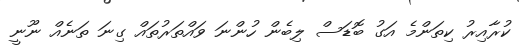
ކުރާއިރު ކިތަންމެ އަގު ބޮޑަސް ލިބެން ހުންނަ ވައްތަރުތައް ގިނަ ތަނެއް ނޫނީ